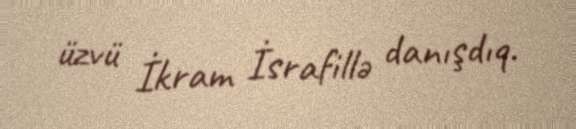
üzvü İkram İsrafillə danışdıq.